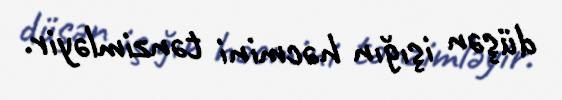
düşən işığın həcmini tənzimləyir.